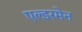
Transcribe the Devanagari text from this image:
एल्डरमेन